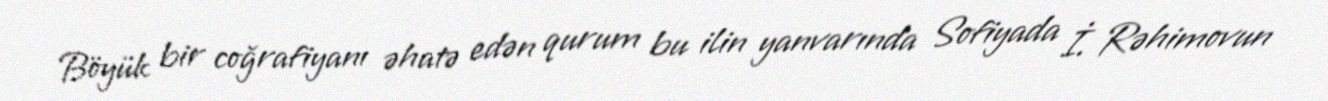
Böyük bir coğrafiyanı əhatə edən qurum bu ilin yanvarında Sofiyada İ. Rəhimovun